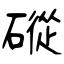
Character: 磫